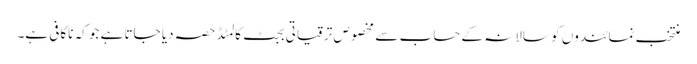
منتخب نمائندوں کو سالانہ کے حساب سے مخصوص ترقیاتی بجٹ کا لمٹڈ حصہ دیا جاتا ہے جو کہ ناکافی ہے۔